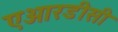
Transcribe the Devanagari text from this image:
एआरडीसी